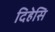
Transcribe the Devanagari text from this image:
दिहेसि